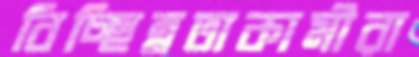
বিচ্ছিন্নতাকামীরা